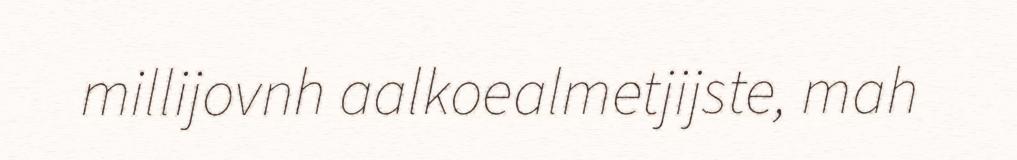
millijovnh aalkoealmetjijste, mah